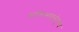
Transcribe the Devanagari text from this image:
भक्तिभावनेतूनच